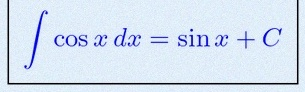
\int \cos x\,dx=\sin x+C